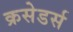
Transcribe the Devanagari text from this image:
क्रसेडर्स